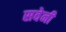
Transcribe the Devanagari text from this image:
सवेनी